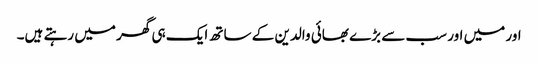
اور میں اور سب سے بڑے بھائی والدین کے ساتھ ایک ہی گھر میں رہتے ہیں۔